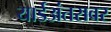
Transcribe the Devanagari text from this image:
यार्डअंतरावर